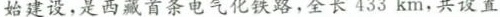
始建设，是西藏首条电气化铁路，全长433km，共设置